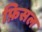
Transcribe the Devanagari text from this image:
फ़िसल